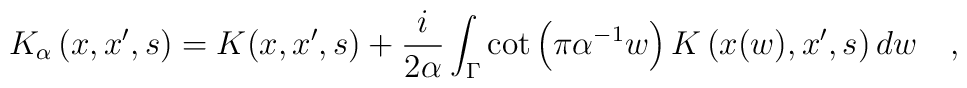
K_{\alpha}\left(x,x',s\right)=K(x,x',s)+{i \over 2\alpha} \int_{\Gamma} \cot\left(\pi \alpha^{-1} w\right) K\left(x(w),x',s\right) dw~~~,